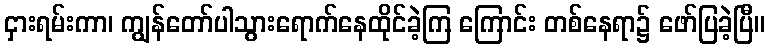
ငှားရမ်းကာ၊ ကျွန်တော်ပါသွားရောက်နေထိုင်ခဲ့ကြ ကြောင်း တစ်နေရာ၌ ဖော်ပြခဲ့ပြီ။